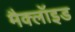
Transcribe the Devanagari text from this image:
मैक्लॉइड